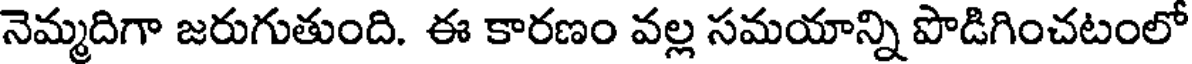
నెమ్మదిగా జరుగుతుంది. ఈ కారణం వల్ల సమయాన్ని పొడిగించటంలో